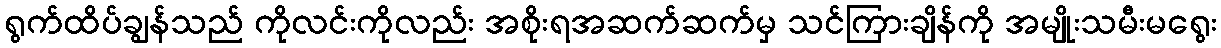
ရွက်ထိပ်ချွန်သည် ကိုလင်းကိုလည်း အစိုးရအဆက်ဆက်မှ သင်ကြားချိန်ကို အမျိုးသမီးမရွေး